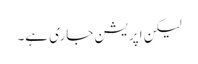
لیکن اپریشن جاری ہے۔